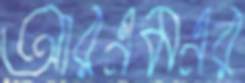
আরএমএর